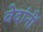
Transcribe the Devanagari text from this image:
वेदांनीं